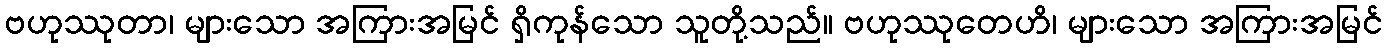
ဗဟုဿုတာ၊ များသော အကြားအမြင် ရှိကုန်သော သူတို့သည်။ ဗဟုဿုတေဟိ၊ များသော အကြားအမြင်